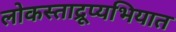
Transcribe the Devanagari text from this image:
लोकस्ताद्रूप्यभियात